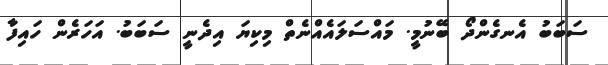
ސަބަބު އެނގެންދޯ ބޭނުމީ. މައްސަލައެއްނެތް މިކިޔަ އިދެނީ ސަބަބު. އަހަރެން ހައިފާ